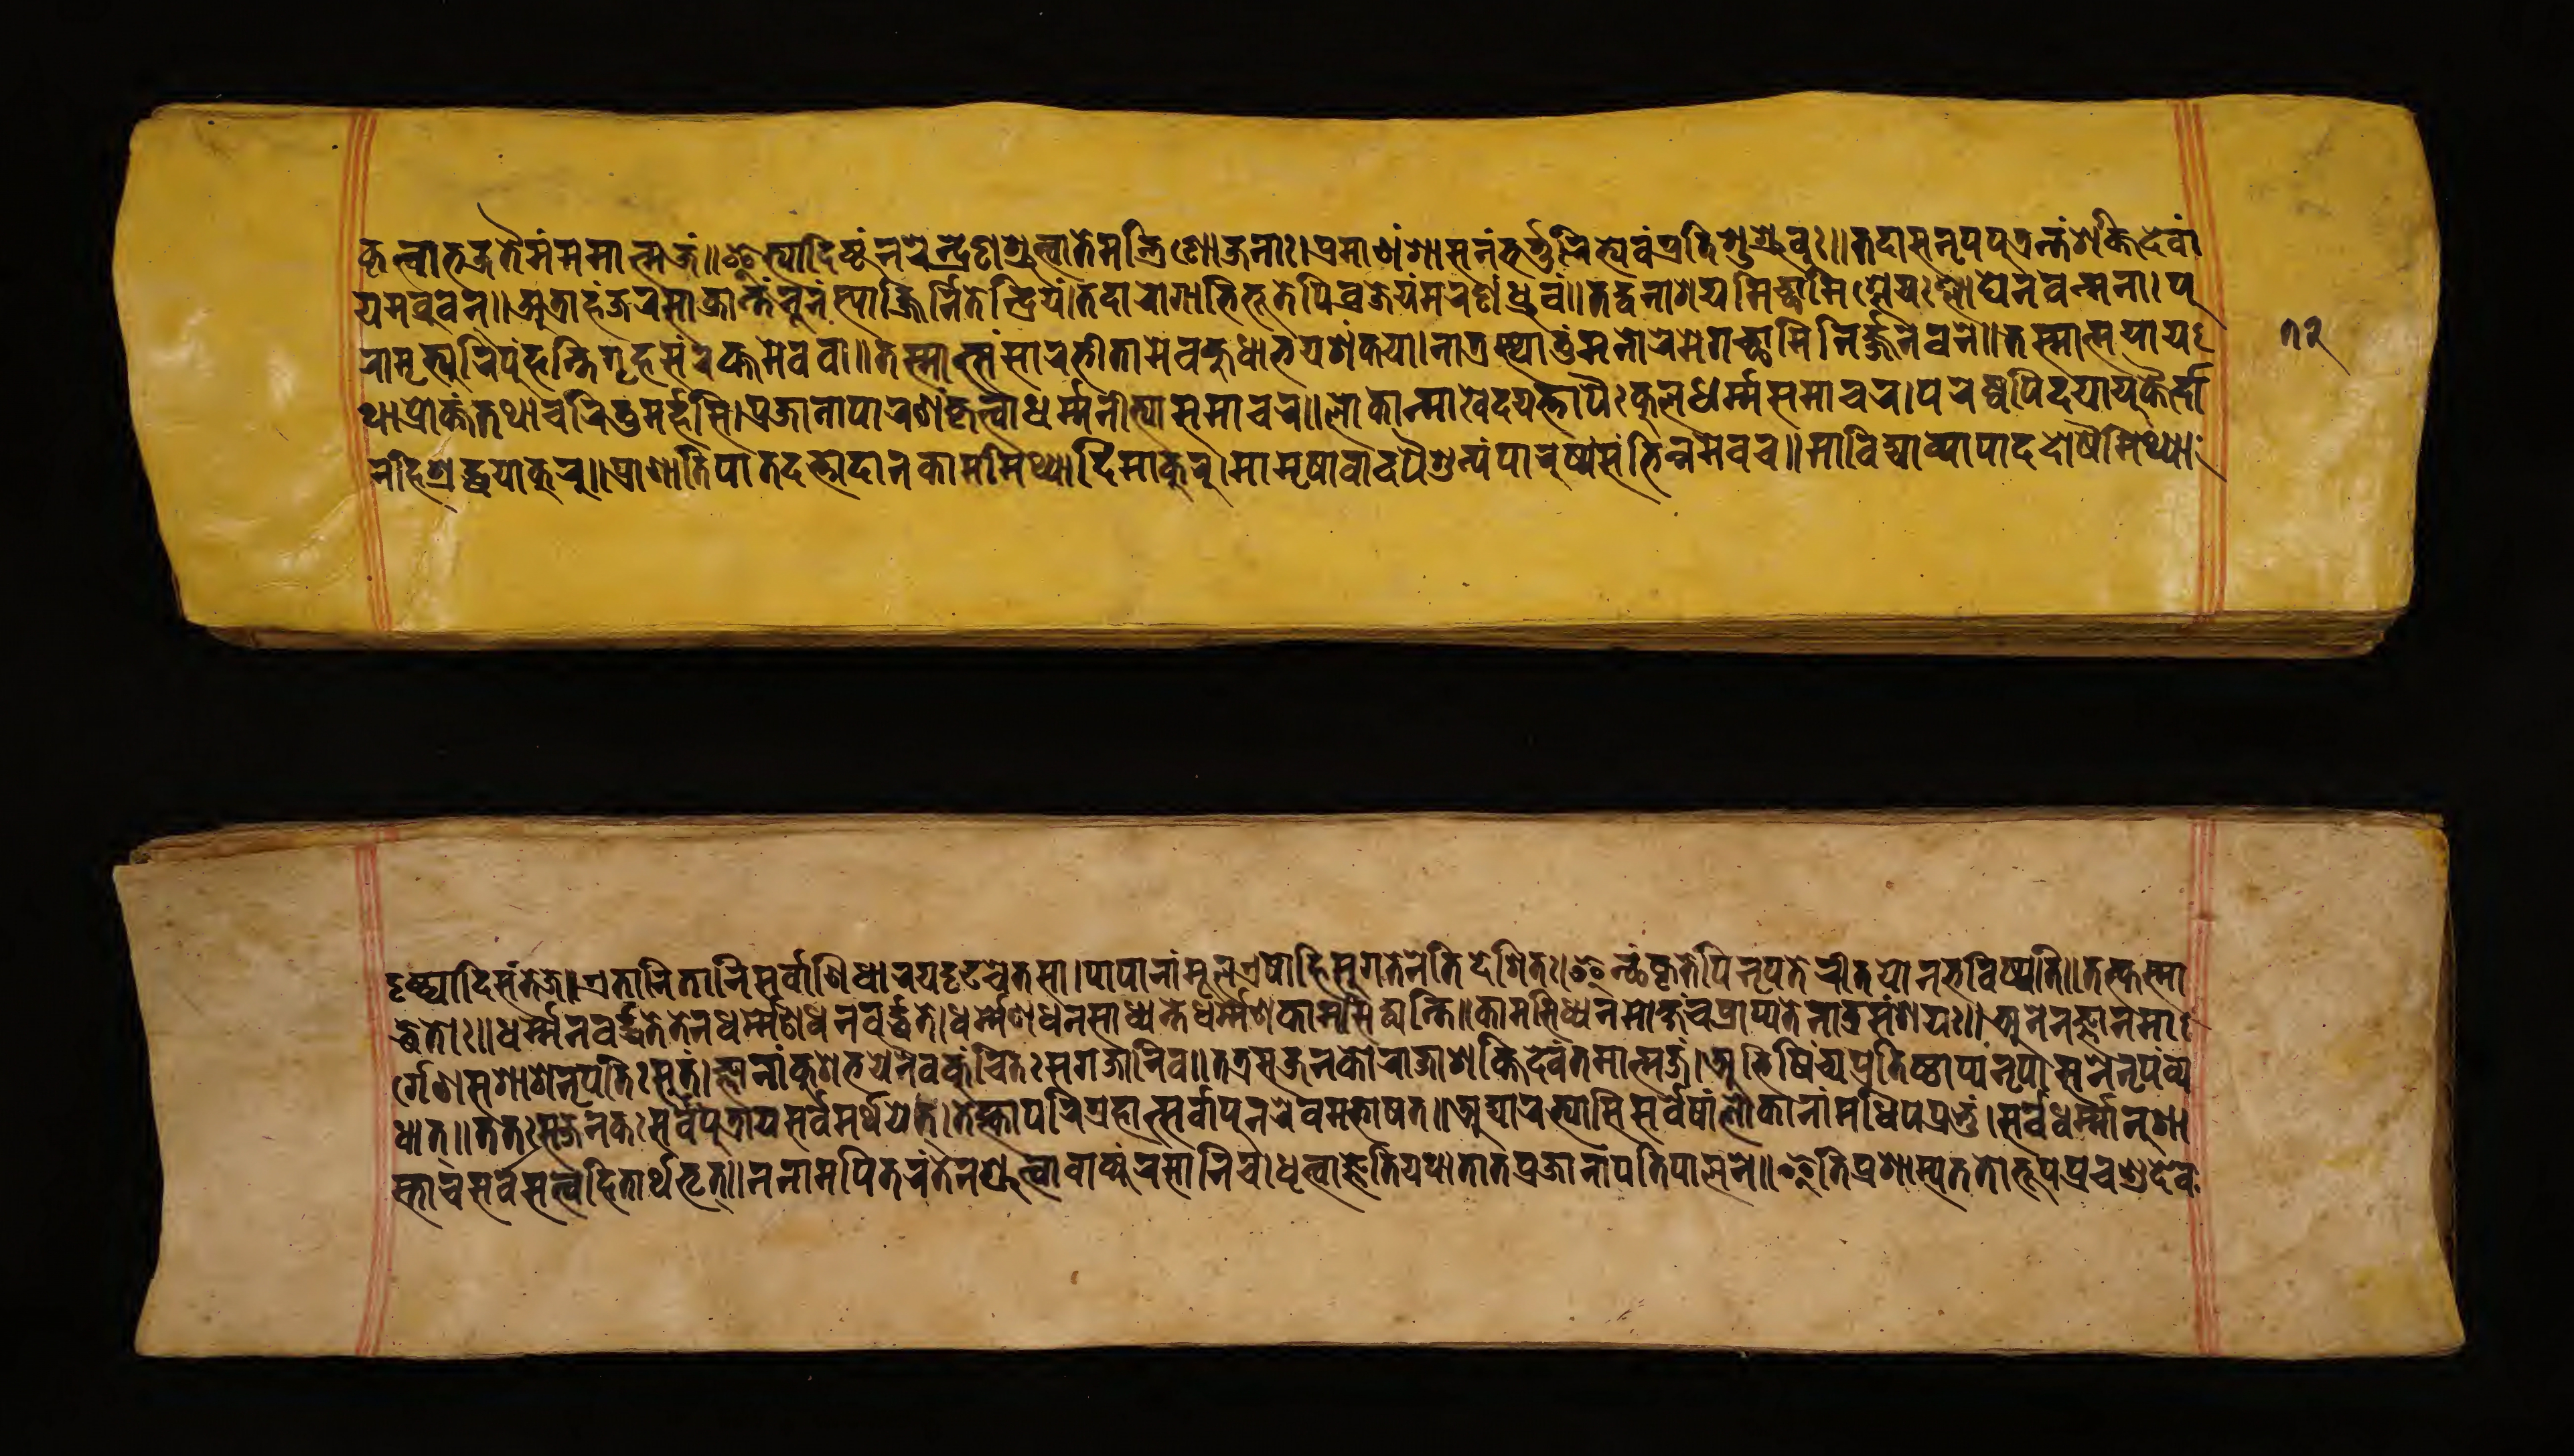
𑐎𑐺𑐟𑑂𑐰𑐵𑐨𑐖𑐟𑐿𑐣𑑄𑐩𑐩𑐵𑐟𑑂𑐩𑐖𑑄𑑌𑐂𑐟𑑂𑐫𑐵𑐡𑐶𑐲𑑂𑐚𑑄𑐣𑐬𑐾𑐣𑑂𑐡𑑂𑐬𑐾𑐞𑐱𑑂𑐬𑐸𑐟𑑂𑐰𑐵𑐟𑐾𑐩𑐣𑑂𑐟𑑂𑐬𑐶𑐞𑑀𑐖𑐣𑐵𑑅𑑋𑐥𑑂𑐬𑐩𑐵𑐞𑑄𑐱𑐵𑐳𑐣𑑄𑐨𑐬𑑂𑐟𑐸𑐬𑐶𑐟𑑂𑐫𑐾𑐰𑑄𑐥𑑂𑐬𑐟𑐶𑐱𑐸𑐱𑑂𑐬𑐸𑐰𑑅𑑌𑐟𑐡𑐵𑐳𑐣𑐺𑐥𑐫𑐟𑑂𑐬𑐣𑑂𑐟𑑄𑐱𑑂𑐬𑐷𑐡𑐾𑐰𑐵𑑄 𑐫𑐩𑐧𑐸𑐰𑐣𑑂𑑌𑐀𑐟𑑂𑐬𑐵𑐴𑑄𑐖𑐬𑐳𑐵𑐨𑐶𑐎𑑂𑐬𑐵𑐣𑑂𑐟𑑄𑐣𑐹𑐣𑑄𑐳𑑂𑐫𑐵𑐡𑑂𑐣𑐶𑐬𑑂𑐖𑐶𑐟𑐾𑐣𑑂𑐡𑑂𑐬𑐶𑐫𑑄𑑋𑐟𑐡𑐵𑐬𑑀𑐐𑐵𑐨𑐶𑐨𑐹𑐟𑐾𑐥𑐶𑐰𑐖𑑂𑐬𑐾𑐫𑑄𑐩𑐬𑐞𑑄𑐢𑐸𑐰𑑄𑑌𑐟𑐡𑑂𑐰𑐣𑐵𑐱𑑂𑐬𑐫𑐩𑐶𑐔𑑂𑐕𑐵𑐩𑐶𑐱𑑂𑐬𑐾𑐫𑑅𑐱𑑂𑐮𑐵𑐑𑐾𑐣𑐫𑐟𑑂𑐩𑐣𑐵𑑋𑐥𑐸 𑐬𑑀𑐩𑐺𑐟𑑂𑐫𑐸𑐬𑐶𑐥𑐸𑑄𑐴𑐣𑑂𑐟𑐶𑐐𑐺𑐴𑐳𑑄𑐬𑐎𑑂𑐟𑐩𑐾𑐰𑐰𑐵𑑌𑐟𑐳𑑂𑐩𑐵𑐟𑑂𑐳𑑄𑐳𑐵𑐬𑐨𑐷𑐟𑑀𑐩𑐾𑐰𑐴𑐸𑐢𑐵𑐨𑐫𑐱𑑄𑐎𑐫𑐵𑑋𑐣𑐵𑐟𑑂𑐬𑐳𑑂𑐠𑐵𑐟𑐸𑑄𑐩𑐣𑑀𑐬𑐾𑐩𑐾𑐐𑐔𑑂𑐕𑐵𑐩𑐶𑐣𑐶𑐬𑑂𑐖𑐣𑑄𑐰𑐣𑐾𑑌𑐟𑐳𑑂𑐩𑐵𑐟𑑂𑐩𑐫𑐵𑐫 𑐠𑐵𑐥𑑂𑐬𑑀𑐎𑑂𑐟𑑄𑐟𑐠𑐵𑐔𑐬𑐶𑐟𑐸𑐩𑐬𑑂𑐴𑐳𑐶𑑋𑐥𑑂𑐬𑐖𑐵𑐣𑐵𑑄𑐥𑐵𑐮𑐣𑑄𑐎𑐺𑐟𑑂𑐰𑐵𑐢𑐬𑑂𑐩𑐣𑐷𑐟𑑂𑐫𑐵𑐳𑐩𑐵𑐔𑐬𑑌𑐮𑑀𑐎𑐵𑐣𑑂𑐩𑐵𑐏𑐾𑐏𑐫𑐟𑑂𑐟𑐵𑐥𑐿𑑅𑐎𑐸𑐮𑐢𑐬𑑂𑐩𑑂𑐩𑐳𑐩𑐵𑐔𑐬𑑋𑐥𑐬𑐾𑐲𑑂𑐰𑐥𑐶𑐡𑐫𑐵𑐫𑐸𑐎𑑂𑐟𑐿𑐬𑑂𑐡𑐵 𑐣𑑄𑐴𑐶𑐱𑑂𑐬𑐡𑑂𑐢𑐫𑐵𑐎𑐸𑐬𑐸𑑌𑐥𑑂𑐬𑐵𑐞𑐵𑐟𑐶𑐥𑐵𑐟𑐵𑐡𑐟𑑂𑐟𑐵𑐡𑐵𑐣𑐎𑐵𑐩𑐩𑐶𑐠𑑂𑐫𑐵𑐡𑐶𑑄𑐩𑐵𑐎𑐸𑐬𑐸𑑋𑐩𑐵𑐩𑐺𑐲𑐵𑐰𑐵𑐡𑐥𑐿𑐱𑐹𑐣𑑂𑐫𑑄𑐥𑐵𑐬𑐸𑐲𑑂𑐫𑑄𑐳𑑄𑐨𑐶𑐣𑑂𑐣𑐩𑐾𑐰𑐔𑑌𑐩𑐵𑐧𑐶𑐢𑑂𑐫𑐵𑐰𑑂𑐫𑐵𑐥𑐵𑐡𑐡𑑀𑐲𑐿𑐬𑑂𑐩𑐶𑐠𑑂𑐫𑐵 𑐡𑐺𑐲𑑂𑐚𑑂𑐫𑐵𑐡𑐶𑐳𑑄𑐟𑑂𑐫𑐖𑑌𑐊𑐟𑐵𑐣𑐶𑐟𑐵𑐣𑐶𑐳𑐬𑑂𑐰𑐵𑐞𑐶𑐢𑐵𑐬𑐫𑐡𑐺𑐝𑐔𑐾𑐟𑐳𑐵𑑋𑐥𑐵𑐥𑐵𑐣𑐵𑑄𑐩𑐹𑐮𑐊𑐲𑑀𑐴𑐶𑐳𑐸𑐐𑐟𑐾𑐣𑐾𑐟𑐶𑐡𑐾𑐱𑐶𑐟𑑅𑑋𑐂𑐟𑑂𑐠𑑄𑐎𑐺𑐟𑐾𑐥𑐶𑐣𑐺𑐥𑐟𑐾𑐬𑐶𑐟𑐫𑑀𑐣𑐨𑐰𑐶𑐲𑑂𑐫𑐟𑐶𑑌𑐟𑐟𑑂𑐎𑐳𑑂𑐩𑐵 𑐟𑑂𑐢𑐟𑑀𑑅𑑌𑐢𑐬𑑂𑐩𑑂𑐩𑐣𑐰𑐬𑑂𑐡𑑂𑐢𑐟𑐾𑐟𑐾𑐣𑐢𑐬𑑂𑐩𑑂𑐩𑐾𑐞𑐢𑐣𑐰𑐬𑑂𑐢𑐟𑐾𑑋𑐢𑐬𑑂𑐩𑑂𑐩𑐾𑐞𑐢𑐣𑐳𑐵𑐢𑑂𑐫𑐣𑑂𑐟𑐾𑐢𑐬𑑂𑐩𑑂𑐩𑐾𑐞𑐎𑐵𑐩𑐳𑐶𑐢𑑂𑐫𑐣𑑂𑐟𑐶𑑌𑐎𑐵𑐩𑐳𑐶𑐢𑑂𑐫𑐾𑐣𑐩𑑀𑐎𑑂𑐲𑑄𑐔𑐥𑑂𑐬𑐵𑐥𑑂𑐫𑐟𑐾𑐣𑐵𑐟𑑂𑐬𑐳𑑄𑐱𑐫𑑅𑑌𑐀𑐣𑐾𑐣𑐖𑑂𑐘𑐵𑐣𑐩𑐵 𑐬𑑂𑐐𑐾𑐞𑐳𑐱𑐵𑐳𑐣𑐺𑐥𑐟𑐶𑑅𑐳𑐸𑐟𑑄𑑋𑐖𑑂𑐘𑐵𑐣𑐵𑑄𑐎𑐸𑐱𑐨𑐫𑐾𑐣𑐿𑐰𑐎𑐸𑑄𑐔𑐶𑐟𑑅𑐳𑐐𑐖𑑀𑐫𑐠𑐵𑐣𑐶𑐰𑑌𑐟𑐟𑑂𑐬𑐳𑐖𑐣𑐎𑑀𑐬𑐵𑐖𑐱𑐎𑑂𑐟𑐶𑐡𑐾𑐰𑑄𑐟𑐩𑐵𑐟𑑂𑐩𑐖𑑄𑑋𑐀𑐨𑐶𑐲𑐶𑑄𑐔𑑂𑐫𑐥𑑂𑐬𑐟𑐶𑐲𑑂𑐛𑐵𑐥𑑂𑐫𑐣𑐺𑐥𑐵𑐳𑑂𑐣𑐾𑐣𑐺𑐥𑑄𑐰𑑂𑐫 𑐢𑐟𑑂𑑌𑐟𑐟𑑅𑐳𑐖𑐣𑐎𑑅𑐳𑐬𑑂𑐰𑐥𑐸𑐟𑑂𑐬𑐵𑐫𑐳𑐬𑑂𑐰𑐩𑐬𑑂𑐠𑐫𑐾𑐟𑑂𑑋𑐟𑑂𑐫𑐎𑑂𑐟𑑂𑐰𑐵𑐥𑐬𑐶𑐐𑑂𑐬𑐴𑐵𑐣𑑂𑐳𑐬𑑂𑐰𑐵𑐣𑑂𑐥𑐸𑐣𑐬𑐾𑐰𑐩𑐨𑐵𑐲𑐟𑑌𑐀𑐡𑑂𑐫𑐵𑐬𑐨𑑂𑐫𑐵𑐳𑐶𑐳𑐬𑑂𑐰𑐾𑐲𑐵𑑄𑐮𑑀𑐎𑐵𑐣𑐵𑐩𑐢𑐶𑐥𑑅𑐥𑑂𑐬𑐨𑐸𑑄𑑌𑐳𑐬𑑂𑐰𑐢𑐬𑑂𑐩𑐵𑐣𑐸𑐱𑐵 𑐳𑑂𑐟𑐵𑐔𑐳𑐬𑑂𑐰𑐳𑐟𑑂𑐟𑑂𑐰𑐴𑐶𑐟𑐵𑐬𑑂𑐠𑐨𑐺𑐟𑑂𑑌𑐣𑐩𑐵𑐩𑐥𑐶𑐟𑐬𑑄𑐟𑐾𑐣𑐱𑑂𑐬𑐸𑐟𑑂𑐰𑐵𑐰𑐵𑐎𑑂𑐫𑑄𑐬𑐳𑐵𑐣𑐶𑐰𑑋𑐢𑐺𑐟𑑂𑐰𑐵𑐖𑑂𑐘𑐵𑑄𑐟𑐾𑐫𑐠𑐵𑐟𑐵𑐟𑐥𑑂𑐬𑐖𑐵𑐣𑐵𑑄𑐥𑑂𑐬𑐟𑐶𑐥𑐵𑐮𑐣𑐾𑑌𑐂𑐟𑐶𑐥𑑂𑐬𑐱𑐵𑐱𑑂𑐫𑐟𑐟𑑀𑐨𑐹𑐥𑑅𑐥𑑂𑐬𑐔𑐞𑑂𑐜𑐡𑐾𑐰  𑑗𑑒